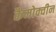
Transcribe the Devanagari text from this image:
कैमोक्वीन